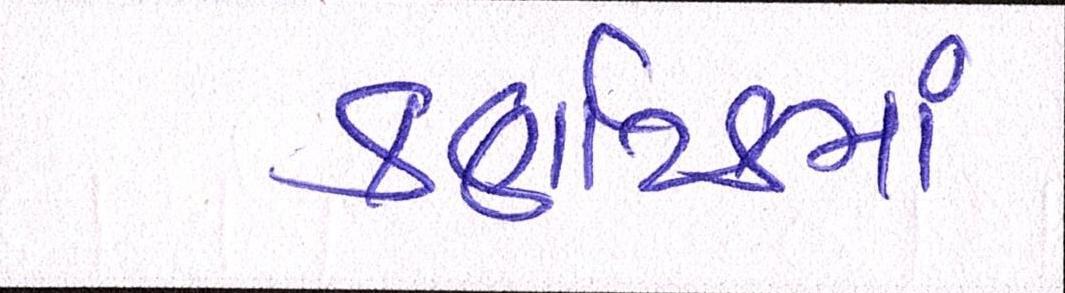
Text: કર્ણાટકના